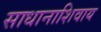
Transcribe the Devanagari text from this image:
साधानाशिवाय